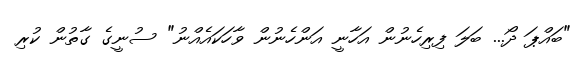
"ބައްޕަ ދޯ... ބަލަ ފިރިހެނުން އަހާނީ އަންހެނުން ވާހަކައެއްނު" ސުނީގެ ގާތުން ކުރި